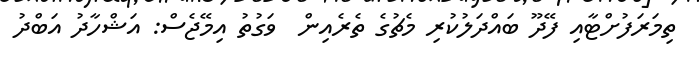
ތިމަރަފުށްޓާއި ފޭދޫ ބައްދަލުކުރި މެޗުގެ ތެރެއިން  ވަގުތު އިމޭޖެސް: އަޝްހާދު އަބްދު